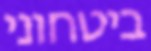
ביטחוני